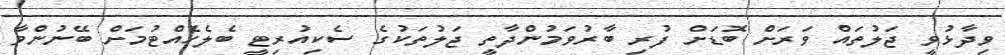
ވިދާޅުވީ ޖަލުތައް ވަރަށް ބޮޑަށް ފުރި ބާރުވަމުންދާތީ ޖަލުތަކުގެ ސެކިއުރިޓީ ބެލެހެއްޓުމަށް ބޭނުންވާ